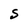
Character: S